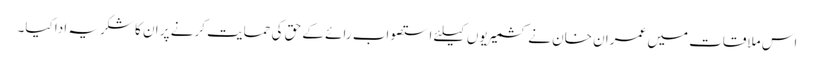
اس ملاقات میں عمران خان نے کشمیریوں کیلئے استصواب رائے کے حق کی حمایت کرنے پر ان کا شکریہ ادا کیا۔